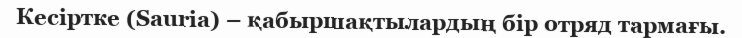
Кесіртке (Saurіa) – қабыршақтылардың бір отряд тармағы.